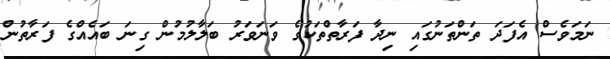
ނަމަވެސް އެފަދަ ތަންތަނުގައި ނިދާ ފަރާތްތަކުގެ ވަނަވަރު ބަލާލުމުން ގިނަ ބައެއްގެ ފަރާތުން